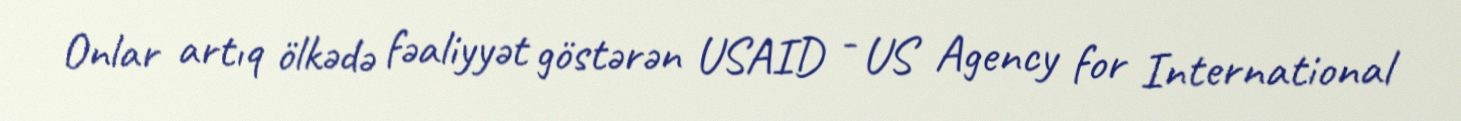
Onlar artıq ölkədə fəaliyyət göstərən USAID - US Agency for International